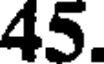
45.